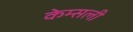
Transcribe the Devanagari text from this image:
केम्सली